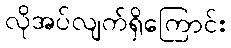
လိုအပ်လျက်ရှိကြောင်း